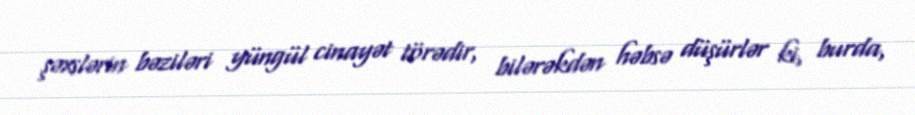
şəxslərin bəziləri yüngül cinayət törədir, bilərəkdən həbsə düşürlər ki, burda,